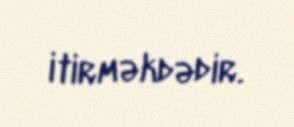
itirməkdədir.